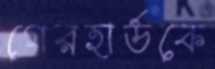
গেরহার্ডকে